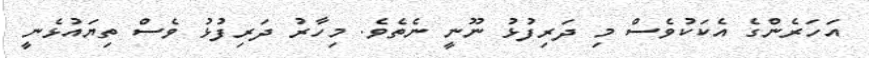
އަހަރެންގެ އެކަކުވެސް މި ދަރިފުޅު ނޫނީ ނެތެވެ. މިހާރު ދަރިފުޅު ވެސް ތިޔައުޅެނީ